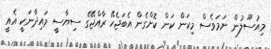
މިއުސޫލުން ނަމަވެސް މިކަން ކަން ކޮށްގެން އެބަޖެހޭ ރާއްޖޭގެ ސިޔާސީ މައިދާނަކީ އެއީ